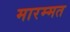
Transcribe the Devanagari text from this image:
मारम्मत